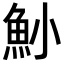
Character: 𩵖